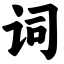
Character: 词